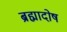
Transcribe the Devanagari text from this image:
ब्रह्मादोष